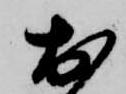
於